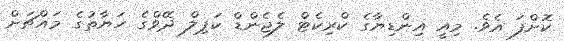
ކޮށްފަ އެވެ. މިއީ އިންޑިޔާގެ ކްރިކެޓް ލެޖެންޑް ކަޕިލް ދޭވްގެ ހަޔާތުގެ މައްޗަށް